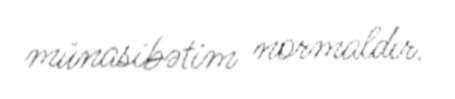
münasibətim normaldır.